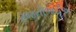
રજનીભાઈએ